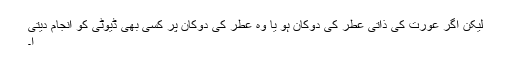
لیکن اگر عورت کی ذاتی عطر کی دوکان ہو یا وہ عطر کی دوکان پر کسی بھی ڈیوٹی کو انجام دیتی
ا۔